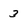
Character: 3